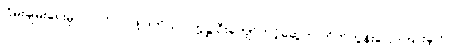
ငြိမ်းချမ်းရေးမှာ ပါဝင်လာဖို့ ဒုတိယ ဥက္ကဋ္ဌ ဦးကျော်တင့်ဆွေက တိုက်တွန်းပြောကြားခဲ့တာပါ။